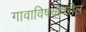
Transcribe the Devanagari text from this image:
गावाविषयावरील